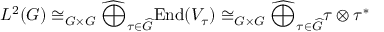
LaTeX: L ^ { 2 } ( G ) \cong _ { G \times G } { \widehat { \bigoplus } } _ { \tau \in { \widehat { G } } } { \mathrm { E n d } } ( V _ { \tau } ) \cong _ { G \times G } { \widehat { \bigoplus } } _ { \tau \in { \widehat { G } } } \tau \otimes \tau ^ { * }